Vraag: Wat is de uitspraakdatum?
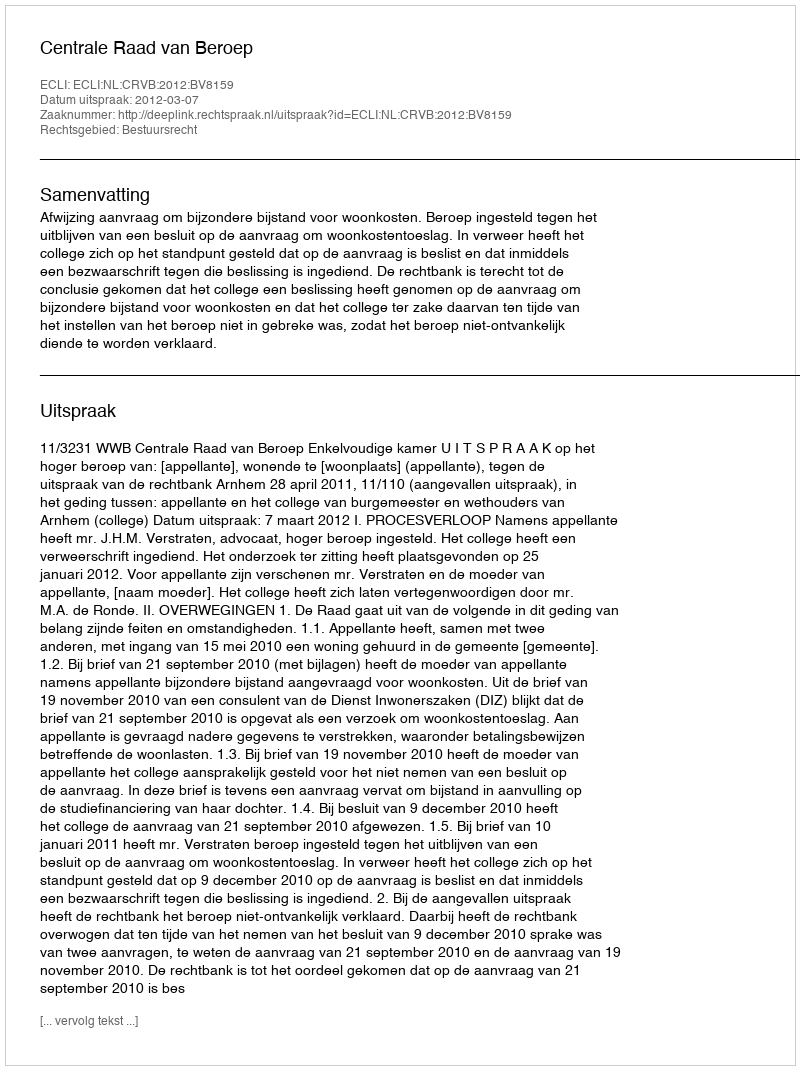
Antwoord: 2012-03-07